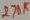
Text: 278K